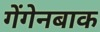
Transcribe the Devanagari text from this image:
गेंगेनबाक